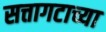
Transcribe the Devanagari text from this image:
सत्तागटाच्या